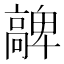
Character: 𩫝